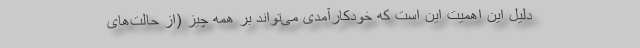
دلیل این اهمیت این است که خودکارآمدی می‌تواند بر همه چیز (از حالت‌های